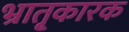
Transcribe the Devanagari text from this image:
भ्रातृ्कारक